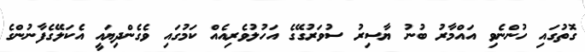
ގޮތުގައި ހުންނެވި އައްމާރު ބުނު ޔާސިރު ސުވަރުގޭގެ އަހުލުވެރިއެއް ކަމުގައި ވެގެންދިޔައީ އެކަލޭގެފާނުންގެ